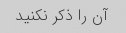
آن را ذکر نکنید